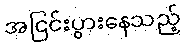
အငြင်းပွားနေသည့်